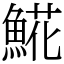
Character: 𩸽